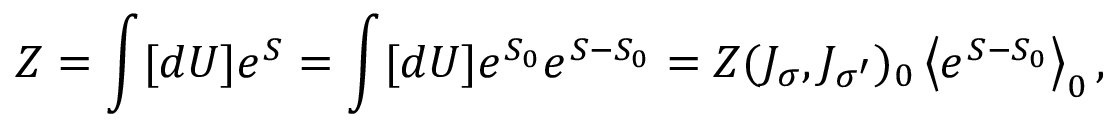
Z = \int [ d U ] e ^ { S } = \int [ d U ] e ^ { S _ { 0 } } e ^ { S - S _ { 0 } } = Z ( J _ { \sigma } , J _ { \sigma ^ { \prime } } ) _ { 0 } \left\langle e ^ { S - S _ { 0 } } \right\rangle _ { 0 } ,